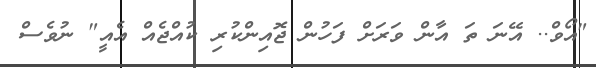
"އޯވް.. އޭނަ ތަ އާން ވަރަށް ފަހުން ޖޮއިންކުރި ކުއްޖެއް އެއީ" ނުވެސް